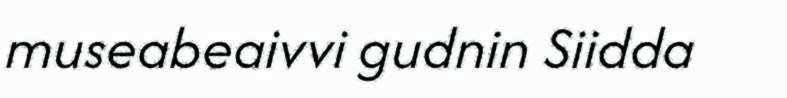
museabeaivvi gudnin Siidda